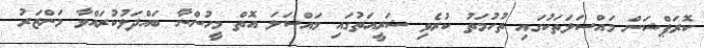
ކޮރަޕްޝަން މައްސަލަތަކުގައި ތުހުމަތު ކުރެވި ޝަރީއަތުގައި މައްސަލަ އޮތް މީހުންނާ ބައްދަލުކުރައްވާ މަންޒަރު